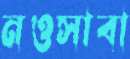
নওসাবা